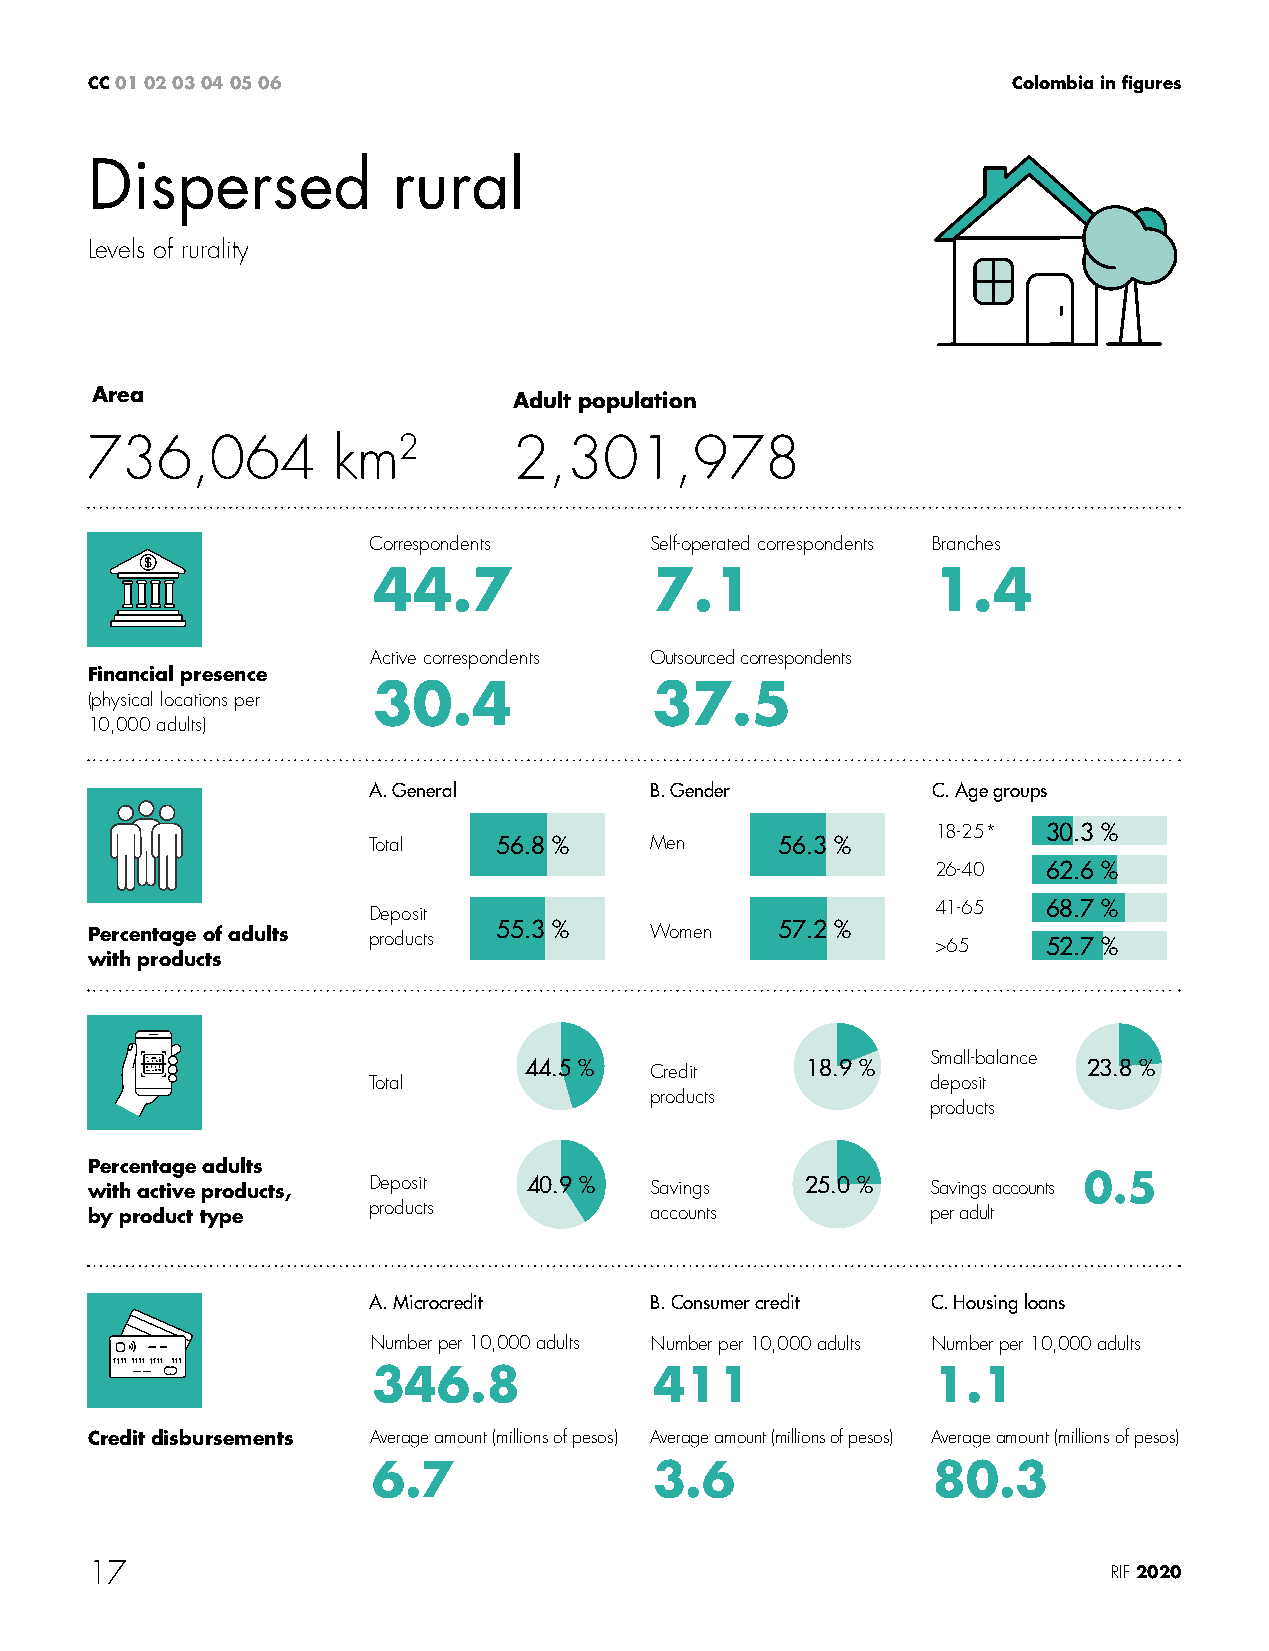
CC 01 02 03 04 05 06                                         Colombia in figures
 Dispersed           rural
 Levels of rurality
 Area                        Adult population
 736,064         km2         2,301,978
 Correspondents     Self-operated correspondents Branches
 44.7              7.1                1.4
 Active correspondents Outsourced correspondents
 Financial presence
 30.4              37.5
 (physical locations per
 10,000 adults)
 A. General         B. Gender          C. Age groups
 18-25* 30.3 %
 Total    56.8 %    Men     56.3 %
 26-40  62.6 %
 Deposit                               41-65  68.7 %
 Percentage of adults products 55.3 % Women   57.2 %     >65    52.7 %
 with products
 Small-balance
 44.5 %  Credit    18.9 %             23.8 %
 Total                                 deposit
 products
 products
 Percentage adults
 with active products, Deposit 40.9 % Savings   25.0 %   Savings accounts 0.5
 by product type   products           accounts           per adult
 A. Microcredit     B. Consumer credit C. Housing loans
 Number per 10,000 adults Number per 10,000 adults Number per 10,000 adults
 346.8             411                1.1
 Credit disbursements Average amount (millions of pesos) Average amount (millions of pesos) Average amount (millions of pesos)
 6.7               3.6                80.3
 17                                                                  RIF 2020